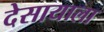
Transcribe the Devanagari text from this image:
देसायाला